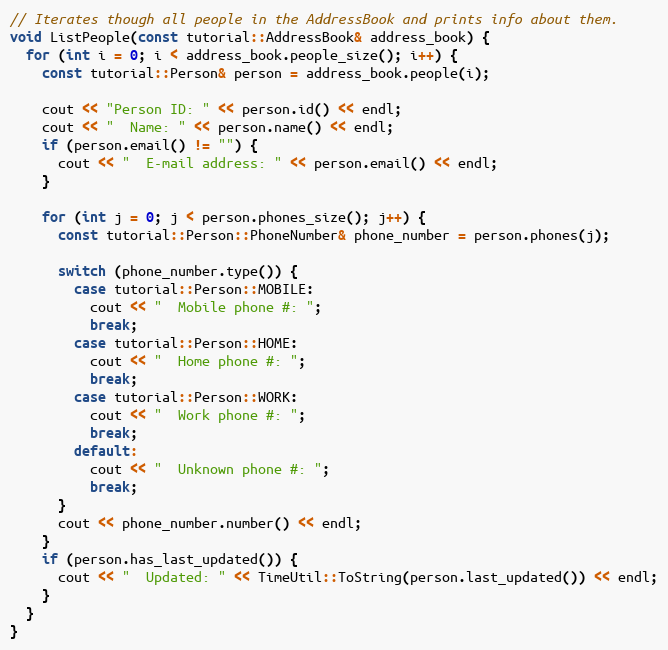
Language: C++
// Iterates though all people in the AddressBook and prints info about them.
void ListPeople(const tutorial::AddressBook& address_book) {
  for (int i = 0; i < address_book.people_size(); i++) {
    const tutorial::Person& person = address_book.people(i);

    cout << "Person ID: " << person.id() << endl;
    cout << "  Name: " << person.name() << endl;
    if (person.email() != "") {
      cout << "  E-mail address: " << person.email() << endl;
    }

    for (int j = 0; j < person.phones_size(); j++) {
      const tutorial::Person::PhoneNumber& phone_number = person.phones(j);

      switch (phone_number.type()) {
        case tutorial::Person::MOBILE:
          cout << "  Mobile phone #: ";
          break;
        case tutorial::Person::HOME:
          cout << "  Home phone #: ";
          break;
        case tutorial::Person::WORK:
          cout << "  Work phone #: ";
          break;
        default:
          cout << "  Unknown phone #: ";
          break;
      }
      cout << phone_number.number() << endl;
    }
    if (person.has_last_updated()) {
      cout << "  Updated: " << TimeUtil::ToString(person.last_updated()) << endl;
    }
  }
}